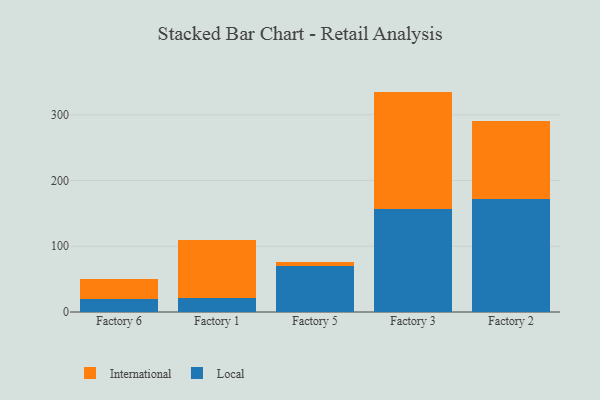
{"axis": {"x": "Factory", "y": "Waste Production (Tons)"}, "legend": ["International", "Local"], "data": [{"x": "Factory 6", "y": 19.5, "type": "Local"}, {"x": "Factory 6", "y": 30.8, "type": "International"}, {"x": "Factory 1", "y": 21.9, "type": "Local"}, {"x": "Factory 1", "y": 87.8, "type": "International"}, {"x": "Factory 5", "y": 69.3, "type": "Local"}, {"x": "Factory 5", "y": 6.8, "type": "International"}, {"x": "Factory 3", "y": 157.0, "type": "Local"}, {"x": "Factory 3", "y": 178.3, "type": "International"}, {"x": "Factory 2", "y": 172.6, "type": "Local"}, {"x": "Factory 2", "y": 118.7, "type": "International"}]}